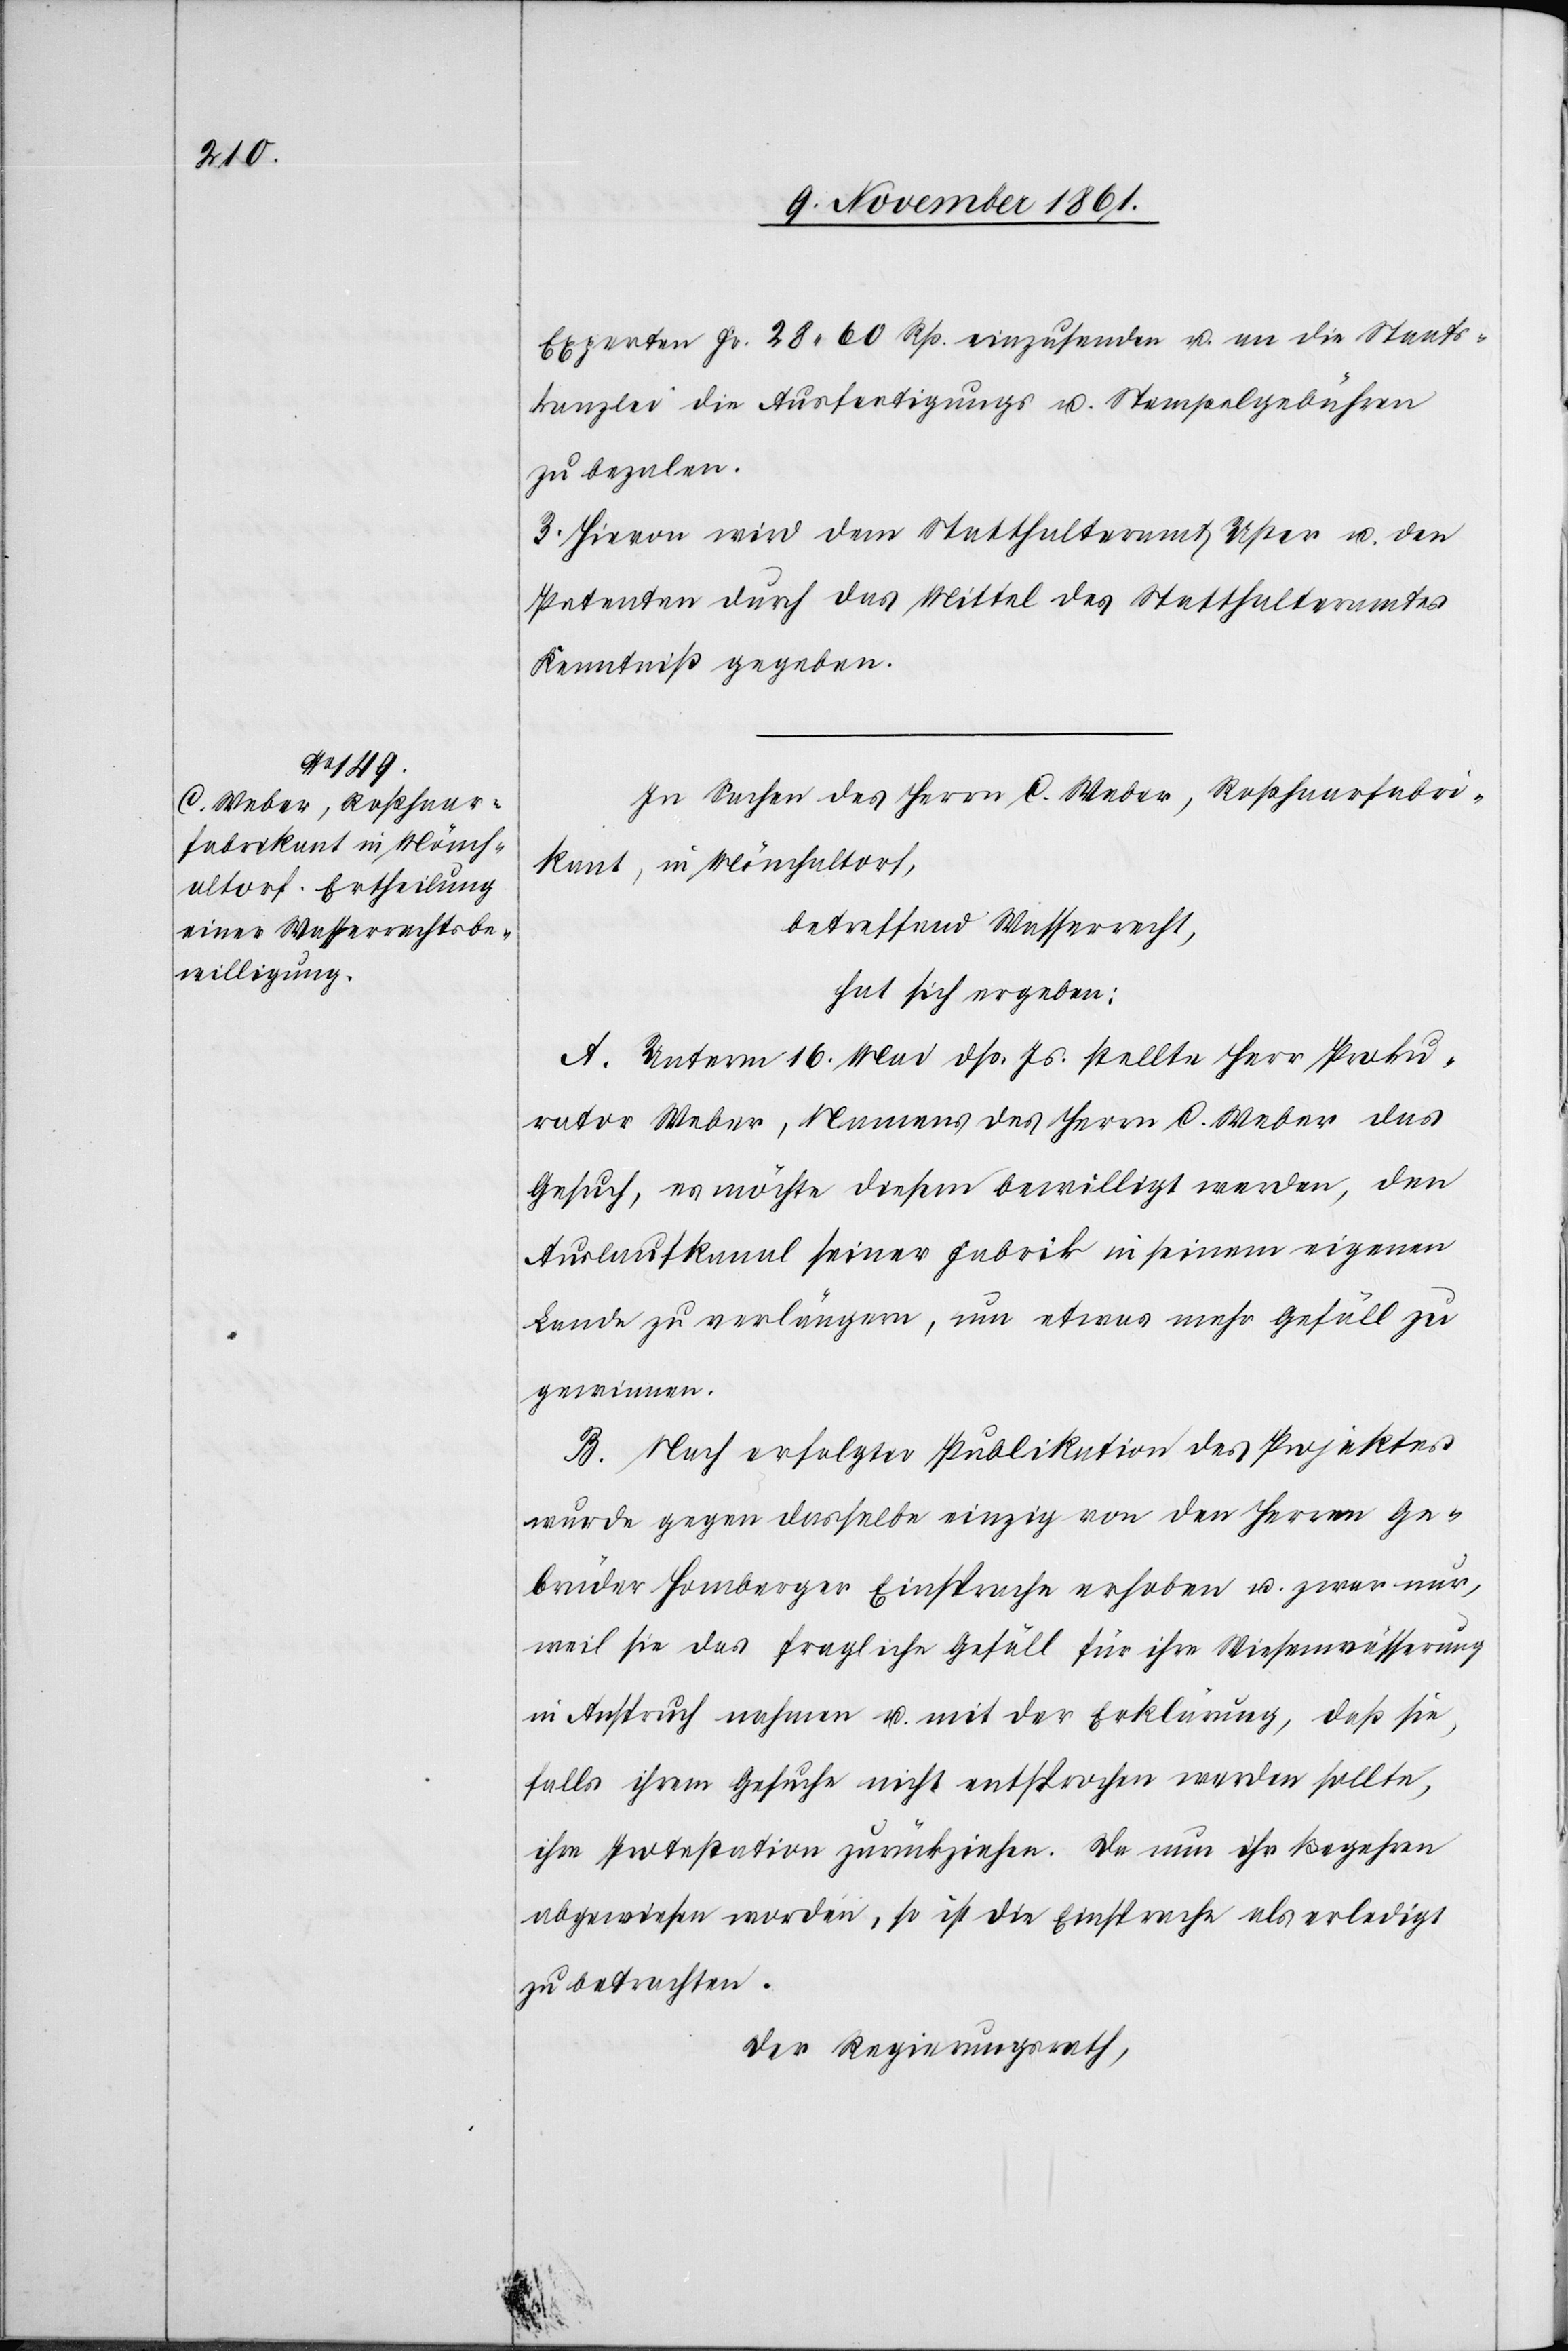
Experten Fr. 28. 60 Rp. einzusenden u. an die Staats¬
kanzlei die Ausfertigungs- u. Stempelgebühren
zu bezalen.
3. Hievon wird dem Statthalteramt Uster u. den
Petenten durch das Mittel des Statthalteramtes
Kenntniß gegeben.
In Sachen des Herrn C. Weber, Roßhaarfabri¬
kant, in Mönchaltorf,
betreffend Wasserrecht,
hat sich ergeben:
A. Unterm 16 Mai dß. Js. stellte Herr Proku¬
rator Weber, Namens des Herrn C. Weber das
Gesuch, es möchte diesem bewilligt werden, den
Auslaufkanal seiner Fabrik in seinem eigenen
Lande zu verlängern, um etwas mehr Gefäll zu
gewinnen.
B. Nach erfolgter Publikation des Projektes
wurde gegen dasselbe einzig von den Herrn Ge¬
brüder Homberger Einsprache erhoben u. zwar nur,
weil sie das fragliche Gefäll für ihre Wiesenwässerung
in Anspruch nehmen u. mit der Erklärung, daß sie,
falls ihrem Gesuch nicht entsprochen werden sollte,
ihre Protestation zurückziehen. Da nun ihr Begehren
abgewiesen worden, so ist die Einsprache als erledigt
zu betrachten.
Der Regierungsrath,